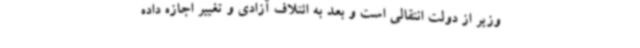
وزیر از دولت انتقالی است و بعد به ائتلاف آزادی و تغییر اجازه داده